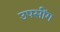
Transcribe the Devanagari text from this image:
उपसींग